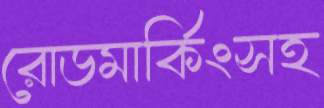
রোডমার্কিংসহ